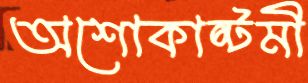
অশোকাষ্টমী